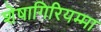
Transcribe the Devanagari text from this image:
शेषागिरियम्मा